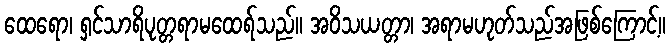
ထေရော၊ ရှင်သာရိပုတ္တရာမထေရ်သည်။ အဝိသယတ္တာ၊ အရာမဟုတ်သည်အဖြစ်ကြောင့်။